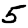
Digit: 5